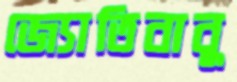
জ্যোতিবাবু